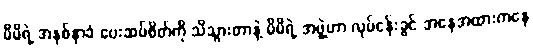
မိမိရဲ့ အနစ်နာခံ ပေးဆပ်စိတ်ကို သိသွားတာနဲ့ မိမိရဲ့ အဖွဲ့ဟာ လုပ်ငန်းခွင် အနေအထားကနေ